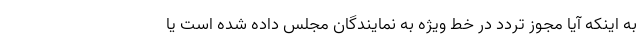
به اینکه آیا مجوز تردد در خط ویژه به نمایندگان مجلس داده شده است یا